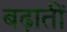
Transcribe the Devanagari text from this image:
बढ़ातीं